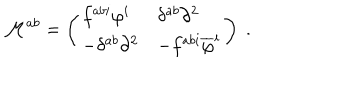
\mathcal { M } ^ { a b } = \left( \begin{array} { l l } { { f ^ { a b i } \varphi ^ { i } } } & { { \delta ^ { a b } \partial ^ { 2 } } } \\ { { - \delta ^ { a b } \partial ^ { 2 } } } & { { - f ^ { a b i } \overline { { { \varphi } } } ^ { i } } } \\ \end{array} \right) \; .